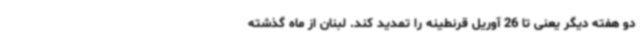
دو هفته دیگر یعنی تا 26 آوریل قرنطینه را تمدید کند. لبنان از ماه گذشته